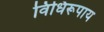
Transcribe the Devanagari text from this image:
विधिरूपाय